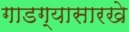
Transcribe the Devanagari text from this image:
गाडग्यासारखे